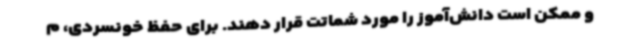
و ممکن است دانش‌آموز را مورد شماتت قرار دهند. برای حفظ خونسردی، م